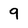
Character: 9